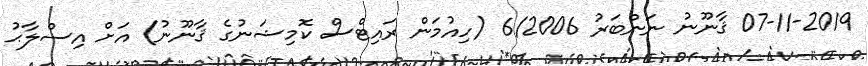
07-11-2019 ޤާނޫނު ނަންބަރު 6/2006 (ހިއުމަން ރައިޓްސް ކޮމިޝަނުގެ ޤާނޫނު) އަށް އިސްލާޙު